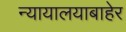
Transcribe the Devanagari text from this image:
न्यायालयाबाहेर